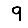
Digit: 9